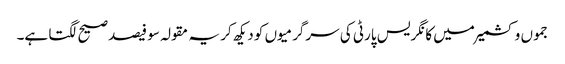
جموں و کشمیر میں کانگریس پارٹی کی سرگرمیوں کو دیکھ کر یہ مقولہ سو فیصد صیح لگتا ہے۔